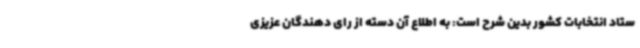
ستاد انتخابات کشور بدین شرح است: به اطلاع آن دسته از رای دهندگان عزیزی